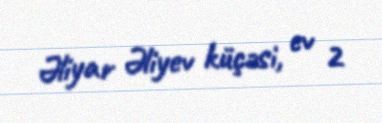
Əliyar Əliyev küçəsi, ev 2